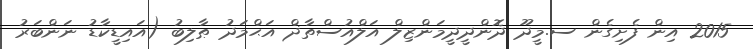
2015 އިން ފެށިގެން ސ.މީދޫ ދޮންދީދީމަންޒިލް އަލްއުސްތާޛް އަޙްމަދު ޠާލިބު (އައިޑީކާޑު ނަންބަރު